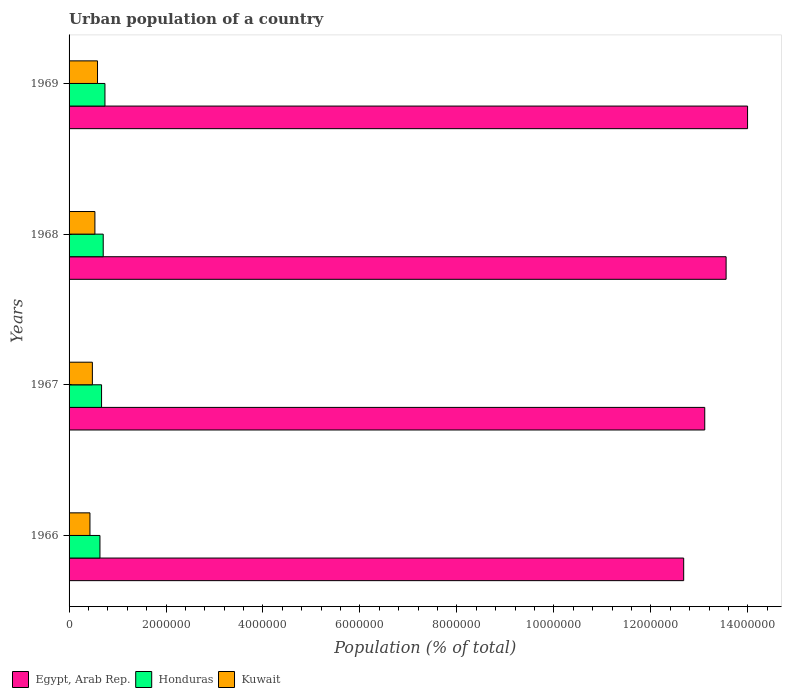
| Years | Egypt, Arab Rep. | Honduras | Kuwait |
 | --- | --- | --- | --- |
 | 1966 | 1.27e+07 | 6.37e+05 | 4.31e+05 |
 | 1967 | 1.31e+07 | 6.7e+05 | 4.81e+05 |
 | 1968 | 1.36e+07 | 7.04e+05 | 5.33e+05 |
 | 1969 | 1.4e+07 | 7.4e+05 | 5.87e+05 |